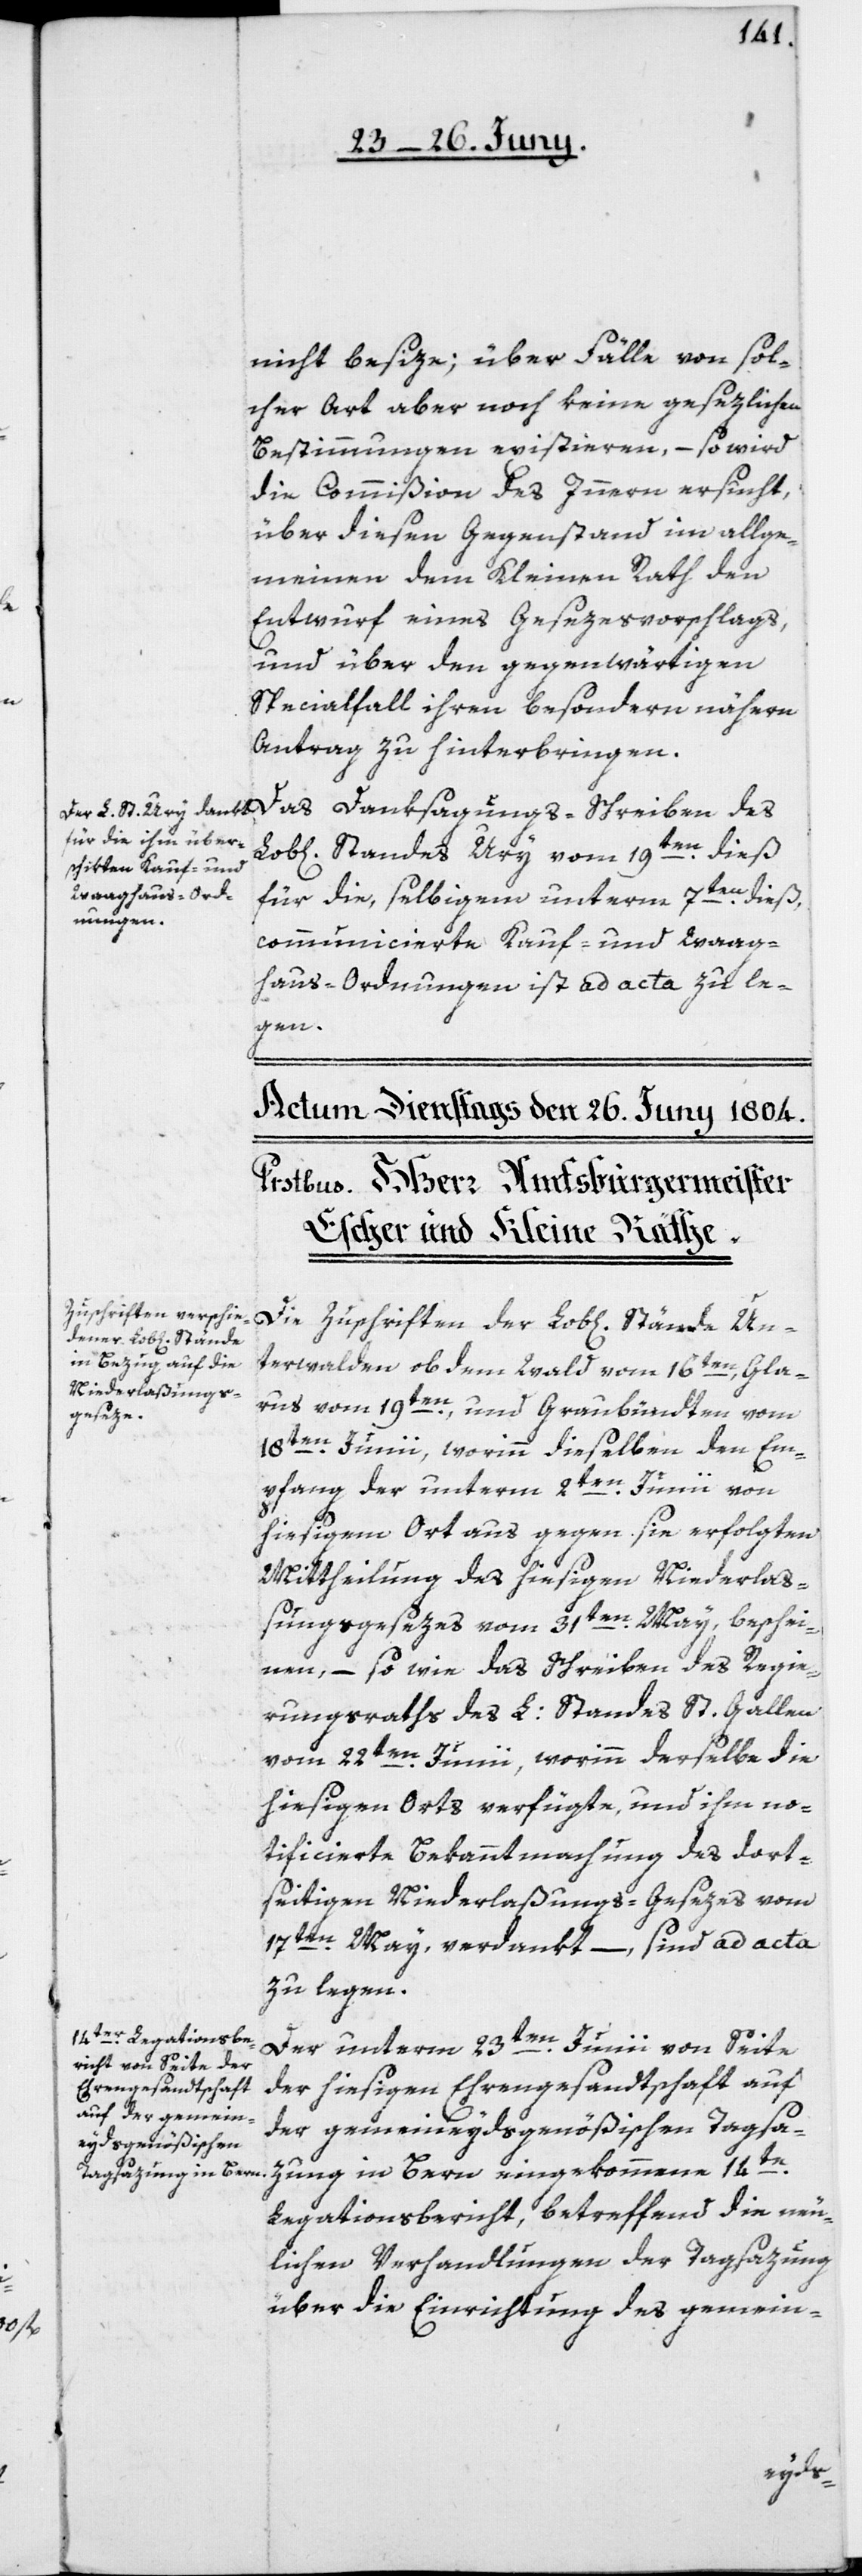
nicht besize; über Fälle von sol¬
cher Art aber noch keine gesezlichen
Bestimmungen existieren, – so wird
die Commißion des Innern ersucht,
über diesen Gegenstand im allge¬
meinen dem Kleinen Rath den
Entwurf eines Gesezesvorschlags,
und über den gegenwärtigen
Specialfall ihren besondern nähern
Antrag zu hinterbringen.
Das Danksagungs-Schreiben des
Standes Ury vom 19ten dieß
für die, selbigem unterm 7ten dieß
communicierte Kauf- und Waag¬
haus-Ordnungen, ist ad acta zu le¬
gen.
Die Zuschrift der Lob[lichen] Stände Un¬
terwalden ob dem Wald vom 16ten, Gla¬
rus vom 19ten, und Graubündten vom
18ten Junii, worinn dieselben den Em¬
pfang der unterm 2ten Junii von
hiesigem Ort aus gegen sie erfolgten
Mittheilung des hiesigen Niederlaß¬
ungsgesezes vom 31ten May, beschei¬
nen, – so wie das Schreiben des Regie¬
rungsrats des L: Standes St. Gallen
vom 22ten Junii, worinn derselbe die
hiesigen Orts verfügte, und ihm no¬
tificierte Bekanntmachung des dort¬
seitigen Niederlaßungs-Gesezes vom
17ten May verdankt, – sind ad acta
zu legen.
Der unterm 23ten Junii von Seite
der hiesigen Ehrengesandtschaft auf
der gemeineydsgenößischen Tagsaz¬
ung in Bern eingekommene 14te
Legationsbericht, betreffend die neu¬
lichen Verhandlungen der Tagsazung
über die Einrichtung des gemein-